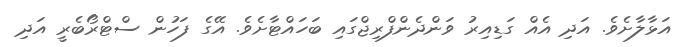
އަޅާލާށެވެ. އަދި އެއް ގަޑިއިރު ވަންދެންފްރިޖްގައި ބަހައްޓާށެވެ. އޭގެ ފަހުން ސްޓްރޯބެރީ އަދި